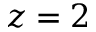
z = 2